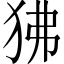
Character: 狒